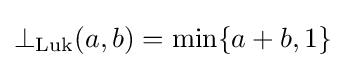
\bot _{\mathrm {Luk} }(a,b)=\min\{a+b,1\}